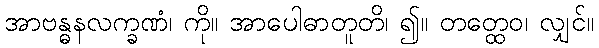
အာဗန္ဓနလက္ခဏံ၊ ကို။ အာပေါဓာတူတိ၊ ၍။ တတ္ထေဝ၊ လျှင်။